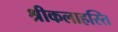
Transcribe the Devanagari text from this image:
श्रीकलाहस्ति